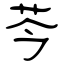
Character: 芩